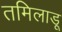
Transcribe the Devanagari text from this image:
तमिलाडू